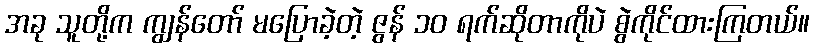
အခု သူတို့က ကျွန်တော် မပြောခဲ့တဲ့ ဇွန် ၁၀ ရက်ဆိုတာကိုပဲ စွဲကိုင်ထားကြတယ်။